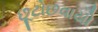
છૂટોછવાયો